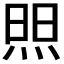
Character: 𬊘